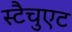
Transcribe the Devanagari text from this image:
स्टैचुएट